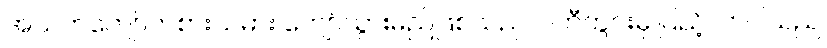
အသက်ကျော်ကစားသမား ကျော်သွားမည်ဖြစ်သည် ပါတီတွင်းမှ ပြည့်လာပါသည်